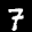
Label: 7